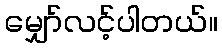
မျှော်လင့်ပါတယ်။